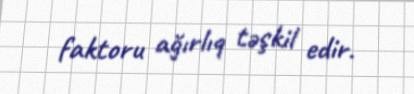
faktoru ağırlıq təşkil edir.